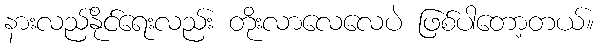
နားလည်နိုင်ရေးလည်း တိုးလာလေလေပဲ ဖြစ်ပါတော့တယ်။